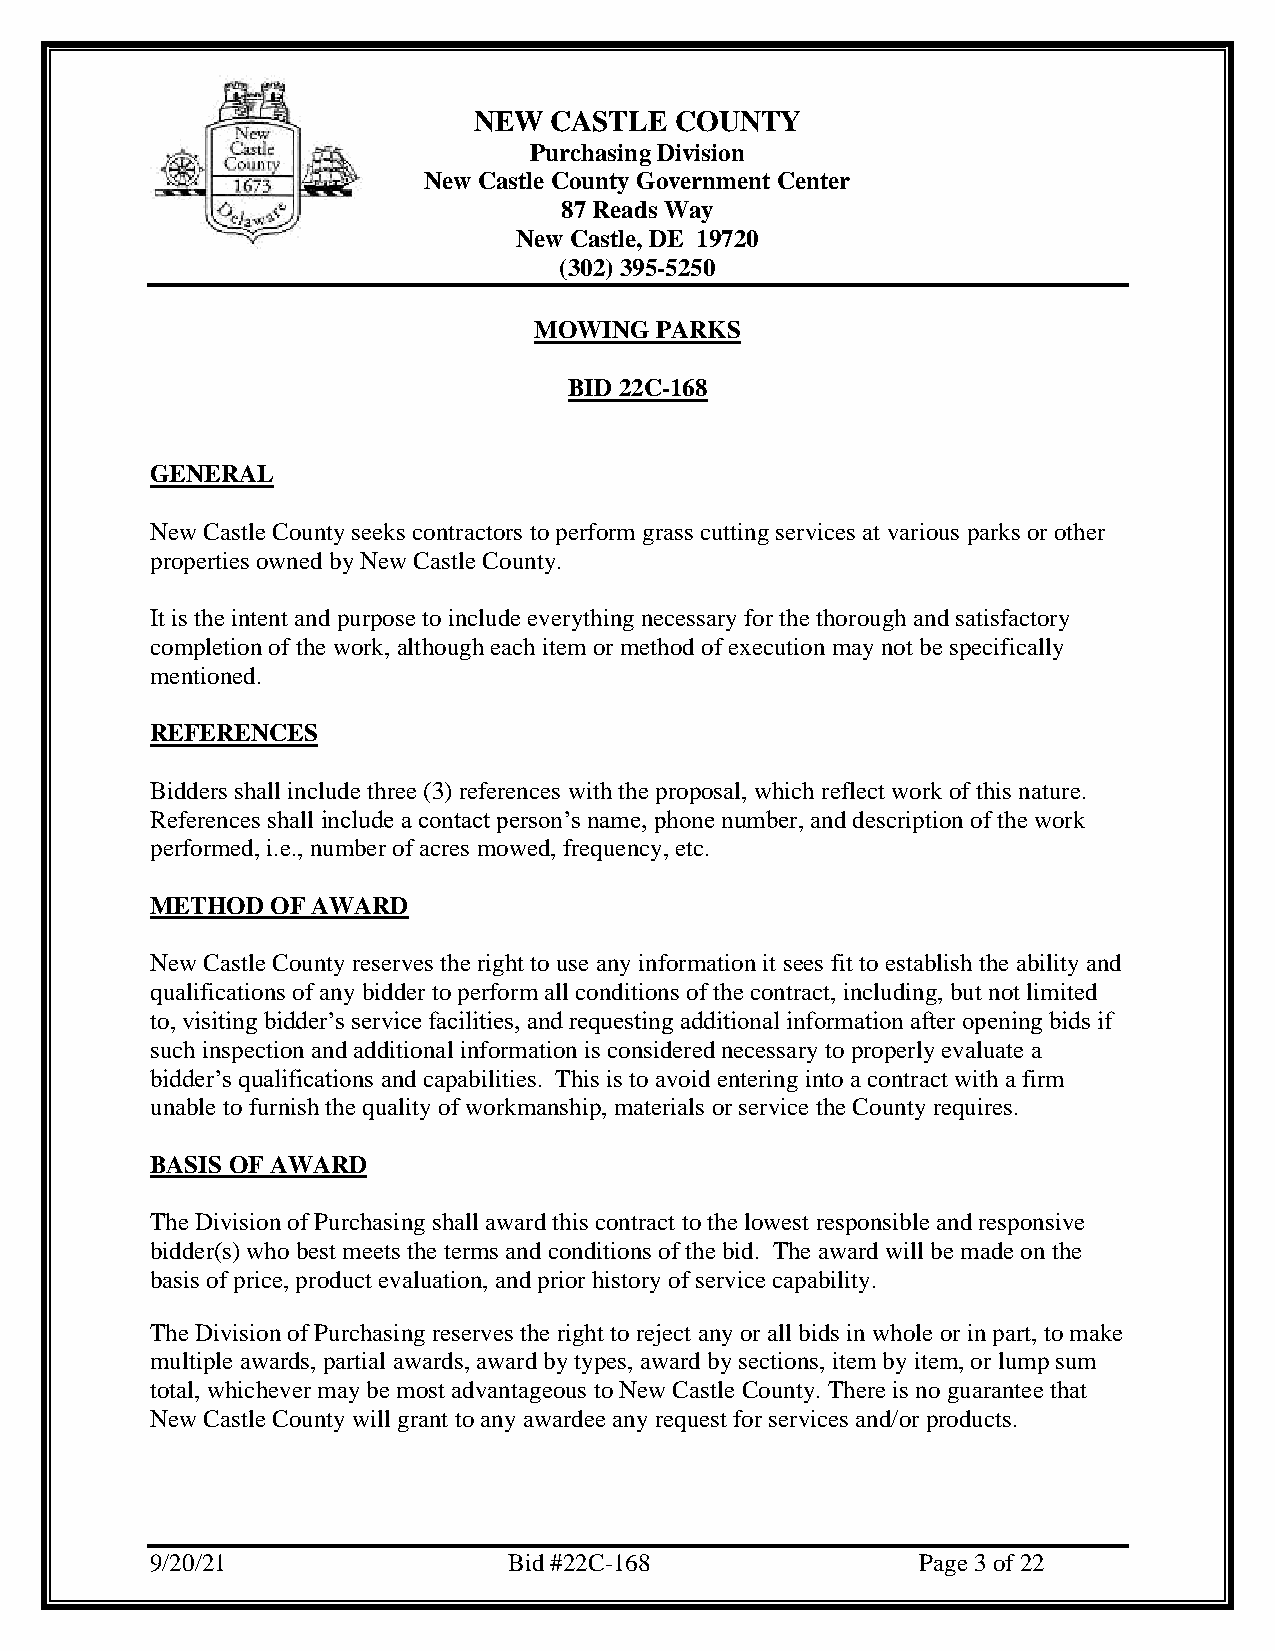
NEW  CASTLE   COUNTY
 Purchasing Division
 New Castle County Government Center
 87 Reads Way
 New Castle, DE 19720
 (302) 395-5250
 MOWING  PARKS
 BID 22C-168
 GENERAL
 New Castle County seeks contractors to perform grass cutting services at various parks or other
 properties owned by New Castle County.
 It is the intent and purpose to include everything necessary for the thorough and satisfactory
 completion of the work, although each item or method of execution may not be specifically
 mentioned.
 REFERENCES
 Bidders shall include three (3) references with the proposal, which reflect work of this nature.
 References shall include a contact person’s name, phone number, and description of the work
 performed, i.e., number of acres mowed, frequency, etc.
 METHOD  OF AWARD
 New Castle County reserves the right to use any information it sees fit to establish the ability and
 qualifications of any bidder to perform all conditions of the contract, including, but not limited
 to, visiting bidder’s service facilities, and requesting additional information after opening bids if
 such inspection and additional information is considered necessary to properly evaluate a
 bidder’s qualifications and capabilities. This is to avoid entering into a contract with a firm
 unable to furnish the quality of workmanship, materials or service the County requires.
 BASIS OF AWARD
 The Division of Purchasing shall award this contract to the lowest responsible and responsive
 bidder(s) who best meets the terms and conditions of the bid. The award will be made on the
 basis of price, product evaluation, and prior history of service capability.
 The Division of Purchasing reserves the right to reject any or all bids in whole or in part, to make
 multiple awards, partial awards, award by types, award by sections, item by item, or lump sum
 total, whichever may be most advantageous to New Castle County. There is no guarantee that
 New Castle County will grant to any awardee any request for services and/or products.
 9/20/21                 Bid #22C-168               Page 3 of 22